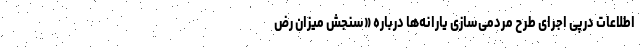
اطلاعات درپی اجرای طرح مردمی‌سازی یارانه‌ها درباره «سنجش میزان رض